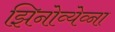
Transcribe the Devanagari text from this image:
झिनोव्येव्ना